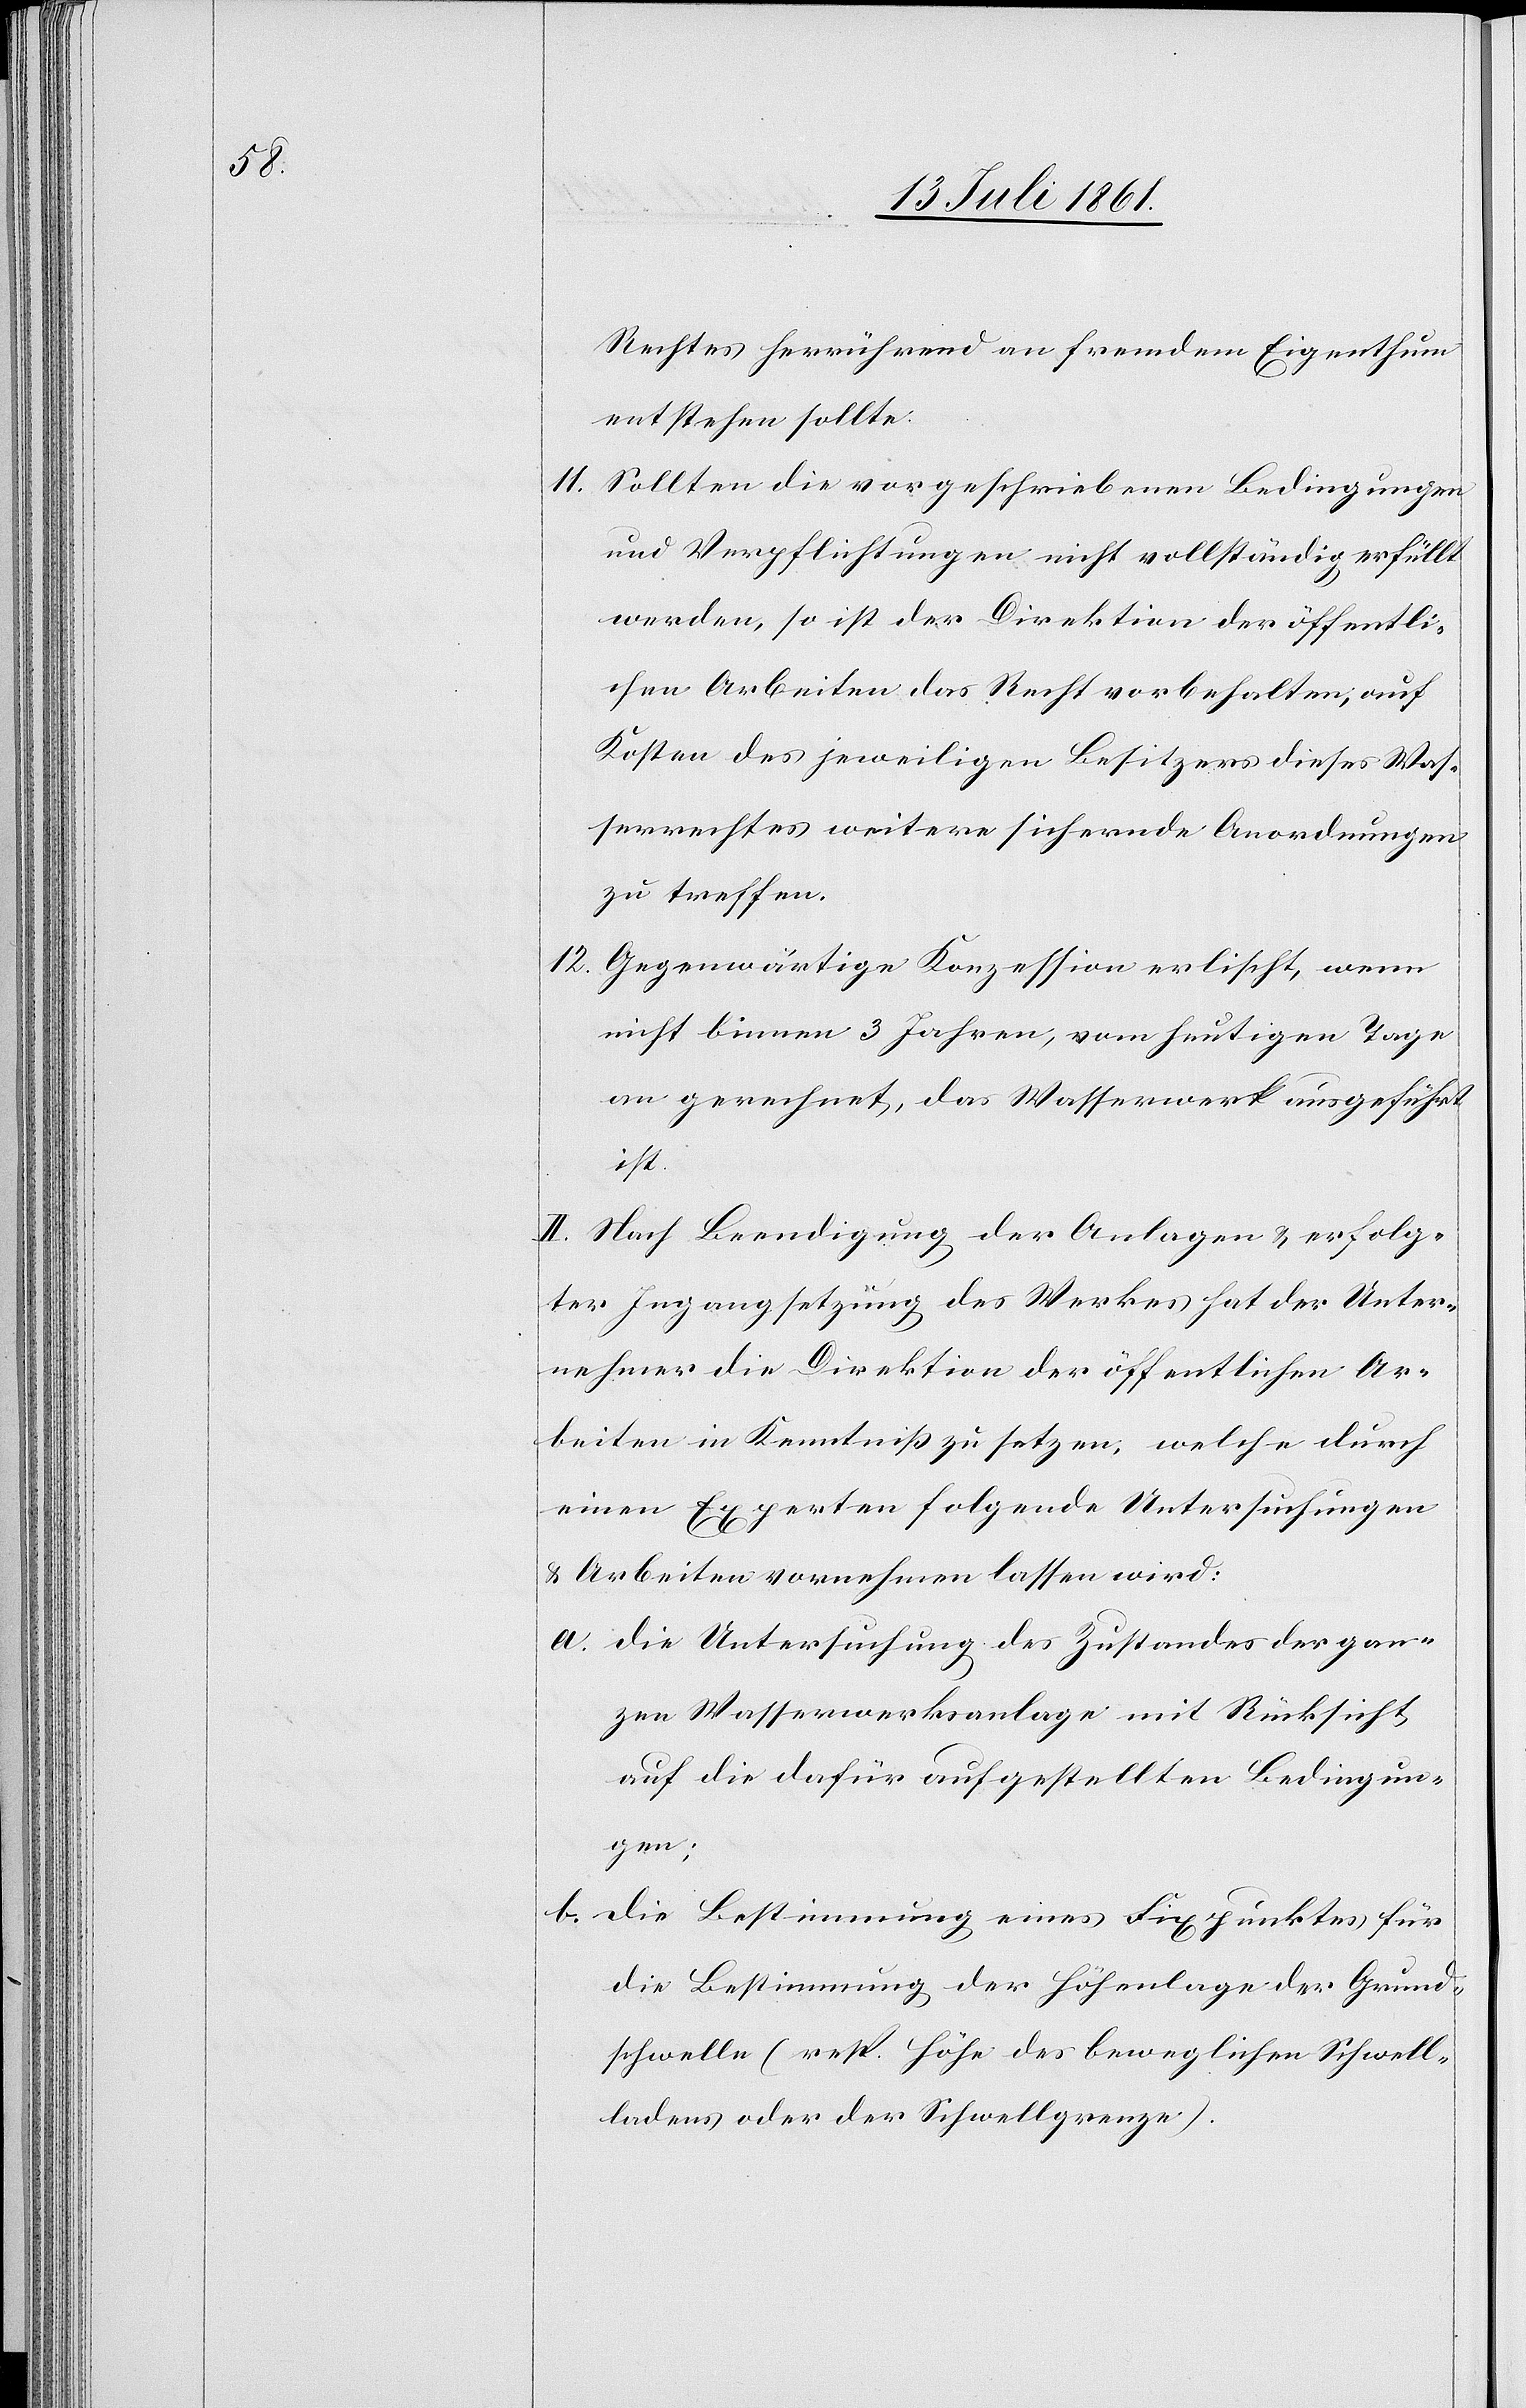
Rechtes herrührend an fremdem Eigenthum
entstehen sollte.
11. Sollten die vorgeschriebenen Bedingungen
und Verpflichtungen nicht vollständig erfüllt
werden, so ist der Direktion der öffentli¬
chen Arbeiten das Recht vorbehalten, auf
Kosten des jeweiligen Besitzers dieses Was¬
serrechtes weitere sichernde Anordnungen
zu treffen.
12. Gegenwärtige Konzession erlischt, wenn
nicht binnen 3 Jahren, vom heutigen Tage
an gerechnet, das Wasserwerk ausgeführt
ist.
II. Nach Beendigung der Anlagen u. erfolg¬
ter Ingangsetzung des Werkes hat der Unter¬
nehmer die Direktion der öffentlichen Ar¬
beiten in Kenntniß zu setzen, welche durch
einen Experten folgende Untersuchungen
u. Arbeiten vornehmen lassen wird:
a. Die Untersuchung des Zustandes der gan¬
zen Wasserwerksanlage mit Rücksicht
auf die dafür aufgestellten Bedingun¬
gen;
b. Die Bestimmung eines Fixpunktes für
die Bestimmung der Höhenlage der Grund¬
schwelle (resp. Höhe des beweglichen Schwel¬
ladens oder der Schwellgrenze).